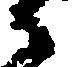
衛